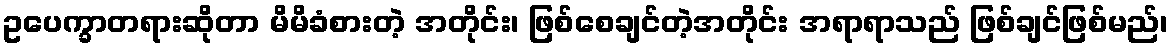
ဥပေက္ခာတရားဆိုတာ မိမိခံစားတဲ့ အတိုင်း၊ ဖြစ်စေချင်တဲ့အတိုင်း အရာရာသည် ဖြစ်ချင်ဖြစ်မည်၊